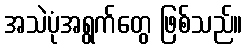
အသဲပုံအရွက်တွေ ဖြစ်သည်။